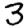
Digit: 3